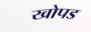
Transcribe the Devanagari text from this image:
खोपड